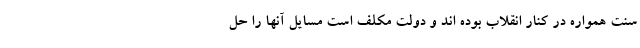
سنت همواره در کنار انقلاب بوده اند و دولت مکلف است مسایل آنها را حل